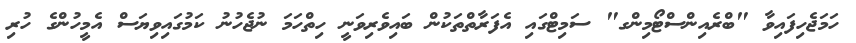
ހަމަޖެހިފައިވާ "ބްރެއިންސްޓޯމިންގ" ސަމިޓްގައި އެފަރާތްތަކުން ބައިވެރިވަނީ ހިތްހަމަ ނުޖެހުނު ކަމުގައިވިޔަސް އެމީހުންގެ ހުރި